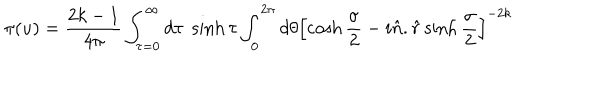
LaTeX: \pi ( u ) = \frac { 2 k - 1 } { 4 \pi } \int _ { \tau = 0 } ^ { \infty } d \tau \; \sinh \tau \int _ { 0 } ^ { 2 \pi } d \theta \left[ \cosh \frac { \sigma } { 2 } - i \hat { n } . \hat { r } \sinh \frac { \sigma } { 2 } \right] ^ { - 2 k }